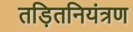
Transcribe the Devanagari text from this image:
तड़ितनियंत्रण